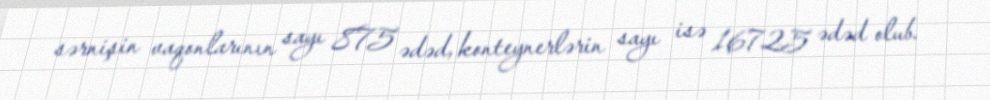
sərnişin vaqonlarının sayı 875 ədəd, konteynerlərin sayı isə 16725 ədəd olub.